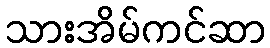
သားအိမ်ကင်ဆာ